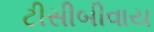
ટીસીબીવાય